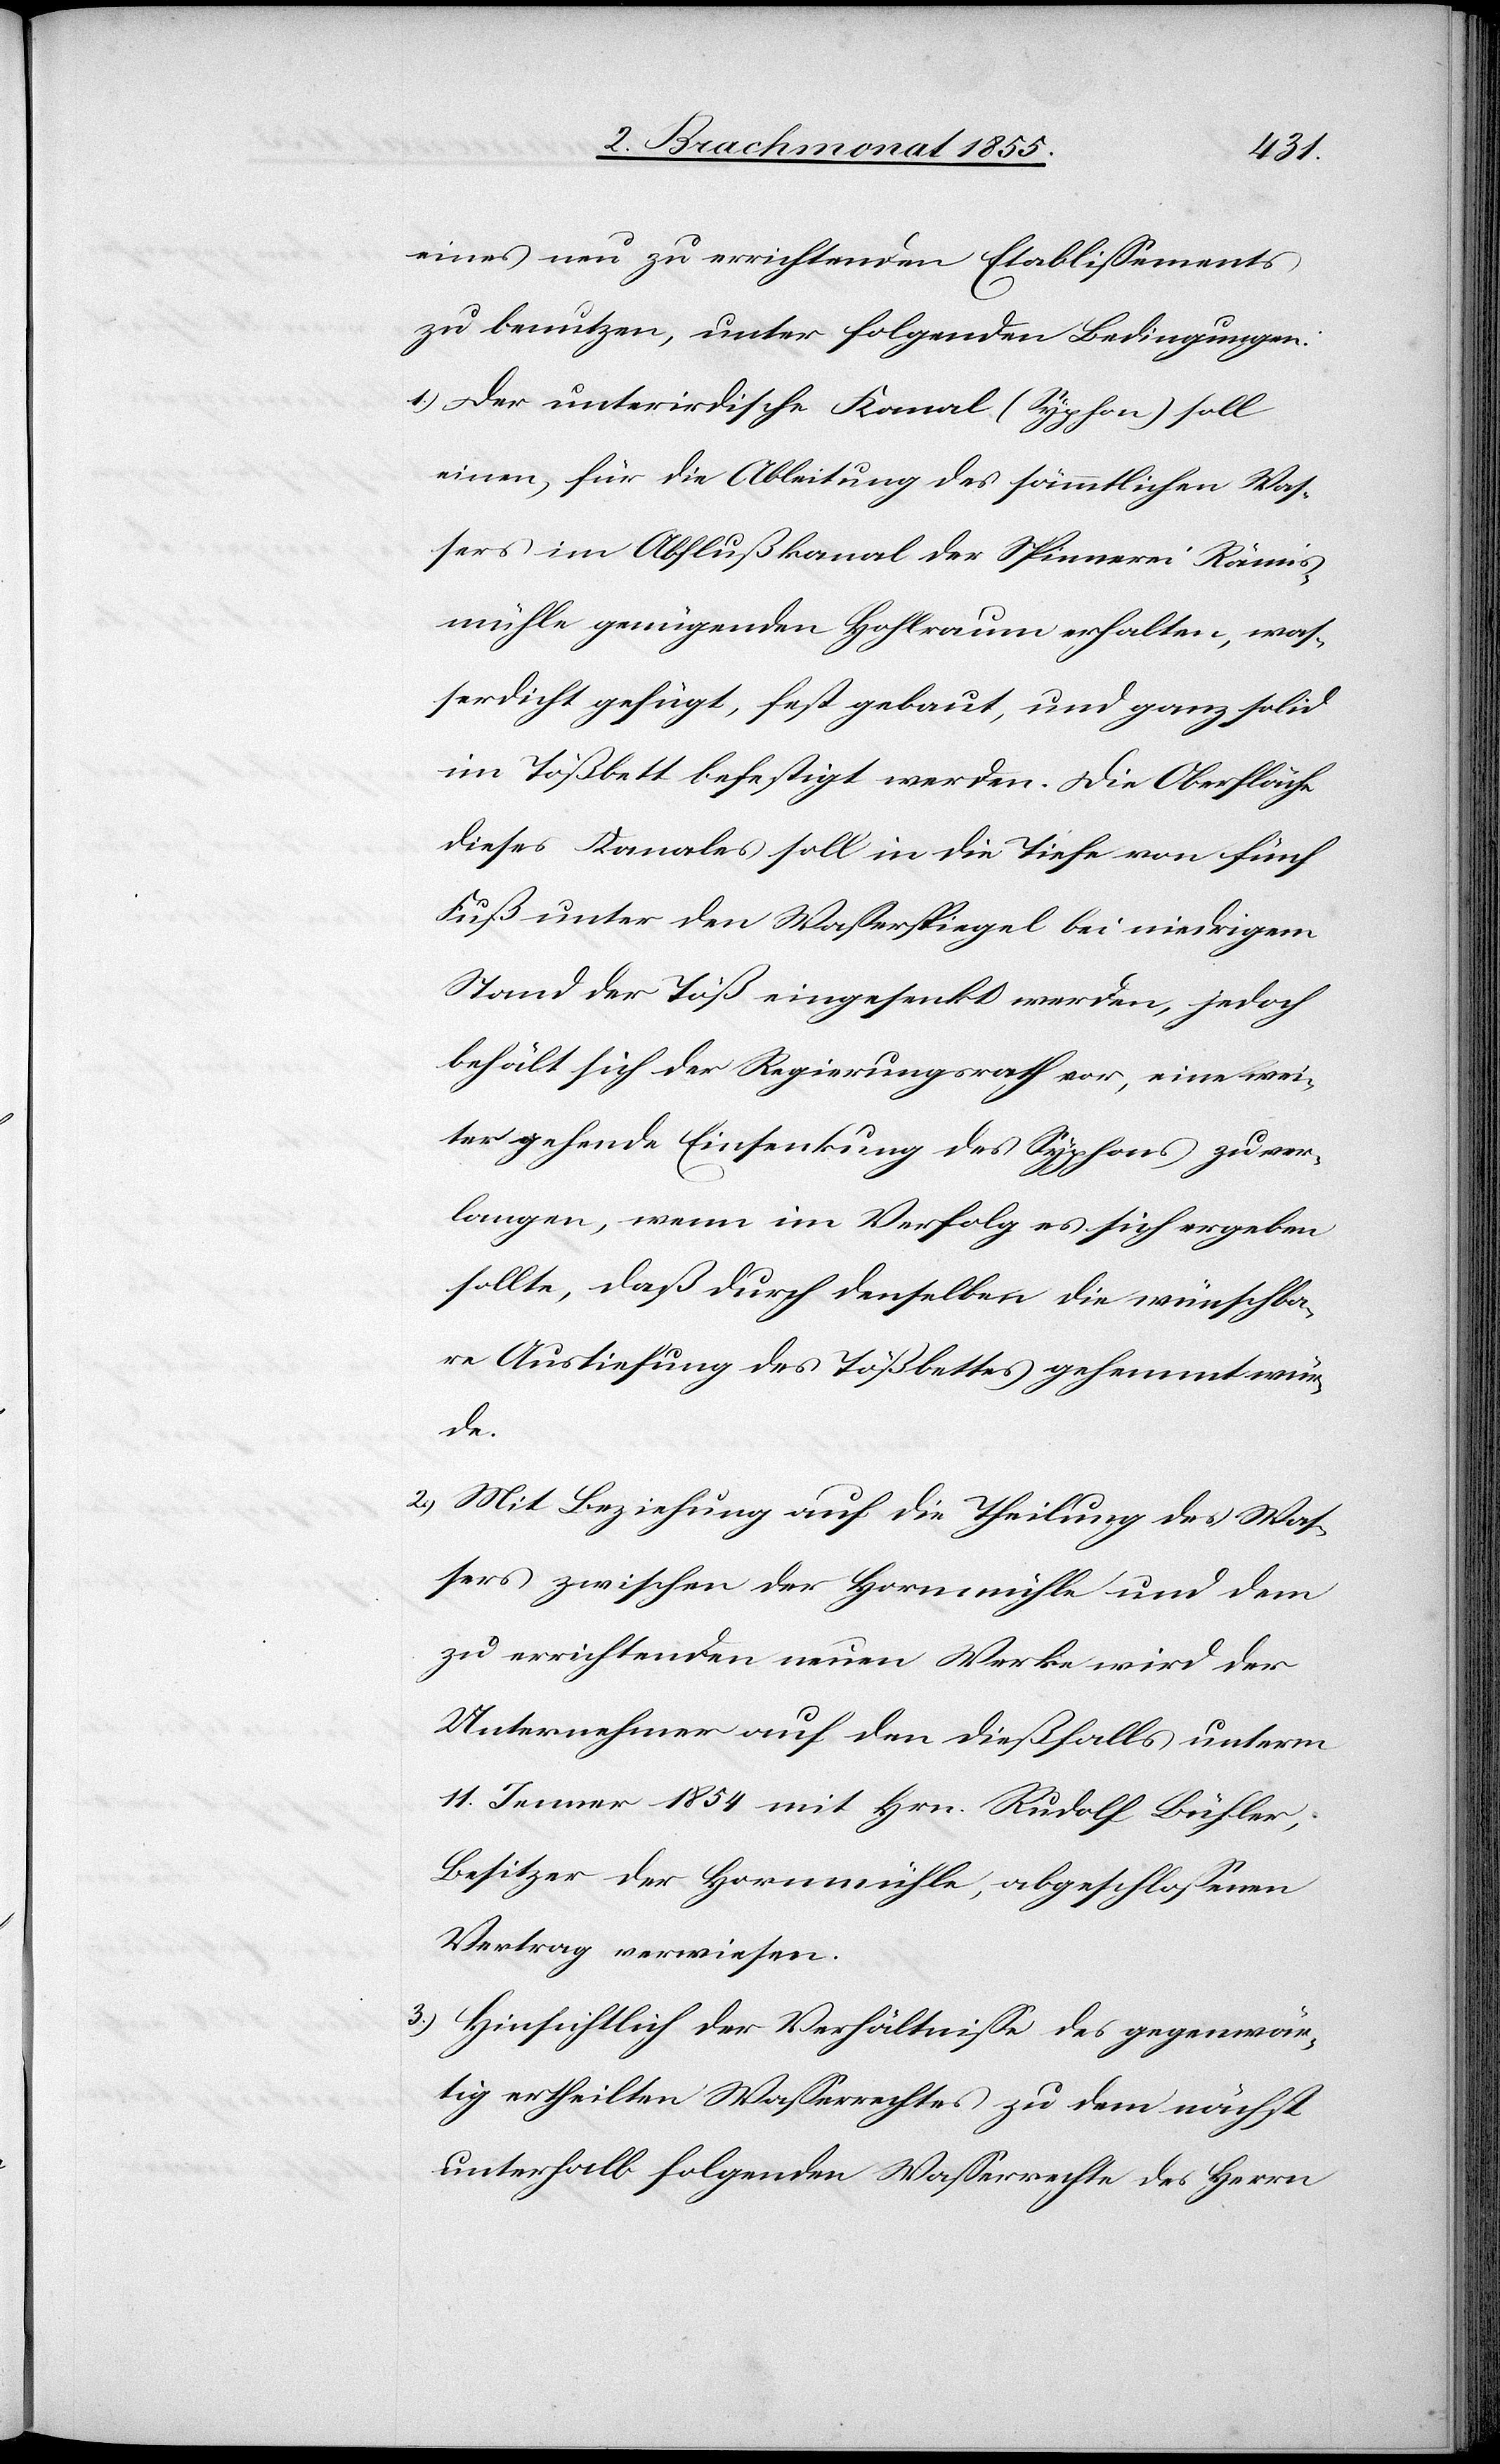
eines neu zu errichtenden Etablissements
zu benutzen, unter folgenden Bedingungen:
Der unterirdische Kanal (Syphon) soll
einen, für die Ableitung des sämmtlichen Was¬
sers im Abflußkanal der Spinnerei Rämis¬
mühle genügenden Hohlraum erhalten, was¬
serdicht gefügt, fest gebaut, und ganz solid
im Tößbett befestigt werden. Die Oberfläche
dieses Kanales soll in die Tiefe von fünf
Fuß unter den Wasserspiegel bei niedrigem
Stand der Töß eingesenkt werden, jedoch
behält sich der Regierungsrath vor, eine wei¬
ter gehende Einsenkung des Syphons zu ver¬
langen, wenn im Verfolg es sich ergeben
sollte, daß durch denselben die wünschba¬
re Austiefung des Tößbettes gehemmt wür¬
de.
Mit Beziehung auf die Theilung des Was¬
sers zwischen der Hornmühle und dem
zu errichtenden neuen Werke wird der
Unternehmer auf den dießfalls unterm
11. Jenner 1854 mit Hrn. Rudolf Bühler,
Besitzer der Hornmühle, abgeschlossenen
Vertrag verwiesen.
Hinsichtlich der Verhältnisse des gegenwär¬
tig ertheilten Wasserrechtes zu dem nächst
unterhalb folgenden Wasserrechte des Herrn